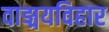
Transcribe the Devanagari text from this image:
वाङ्मयविहार